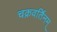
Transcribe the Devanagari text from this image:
चक्रवर्तिनम्